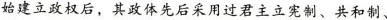
始建立政权后，其政体先后采用过君主立宪制、共和制、